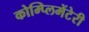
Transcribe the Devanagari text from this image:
कोम्प्लिमेंटेरी